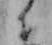
に